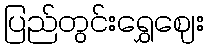
ပြည်တွင်းရွှေဈေး